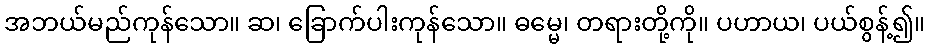
အဘယ်မည်ကုန်သော။ ဆ၊ ခြောက်ပါးကုန်သော။ ဓမ္မေ၊ တရားတို့ကို။ ပဟာယ၊ ပယ်စွန့်၍။